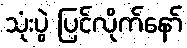
သုံးပွဲ ပြင်လိုက်နော်